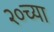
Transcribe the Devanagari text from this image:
२०च्या